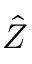
\hat { Z }